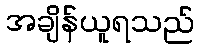
အချိန်ယူရသည်